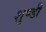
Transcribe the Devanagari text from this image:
शुण्डी